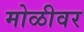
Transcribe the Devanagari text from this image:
मोळीवर